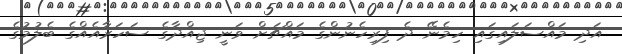
އަދި މައްސަލައިގައި ހިމެނޭ ދެ ފިރިހެނުންގެ މައްޗަށް ވަނީ ޖިއްދާގެ ސަހަރާއެއްގެ ބެލުމުގެ